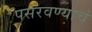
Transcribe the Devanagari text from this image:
पसरवण्याचं